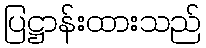
ပြဋ္ဌာန်းထားသည်